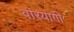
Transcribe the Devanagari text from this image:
वारयागी